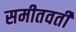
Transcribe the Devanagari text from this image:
समीतवर्ती